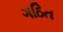
ગઠિત